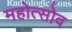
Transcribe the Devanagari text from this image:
महोत्सोव